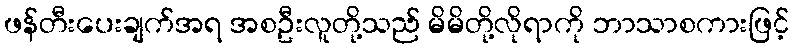
ဖန်တီးပေးချက်အရ အစဦးလူတို့သည် မိမိတို့လိုရာကို ဘာသာစကားဖြင့်